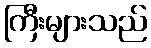
ကြီးများသည်